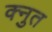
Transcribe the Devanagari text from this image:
क्नुत